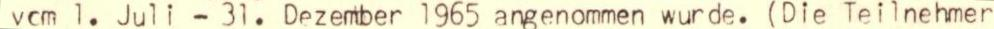
vom 1. Juli - 31. Dezember 1965 angenommen wurde. (Die Teilnehmer